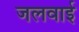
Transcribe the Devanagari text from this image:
जलवाई